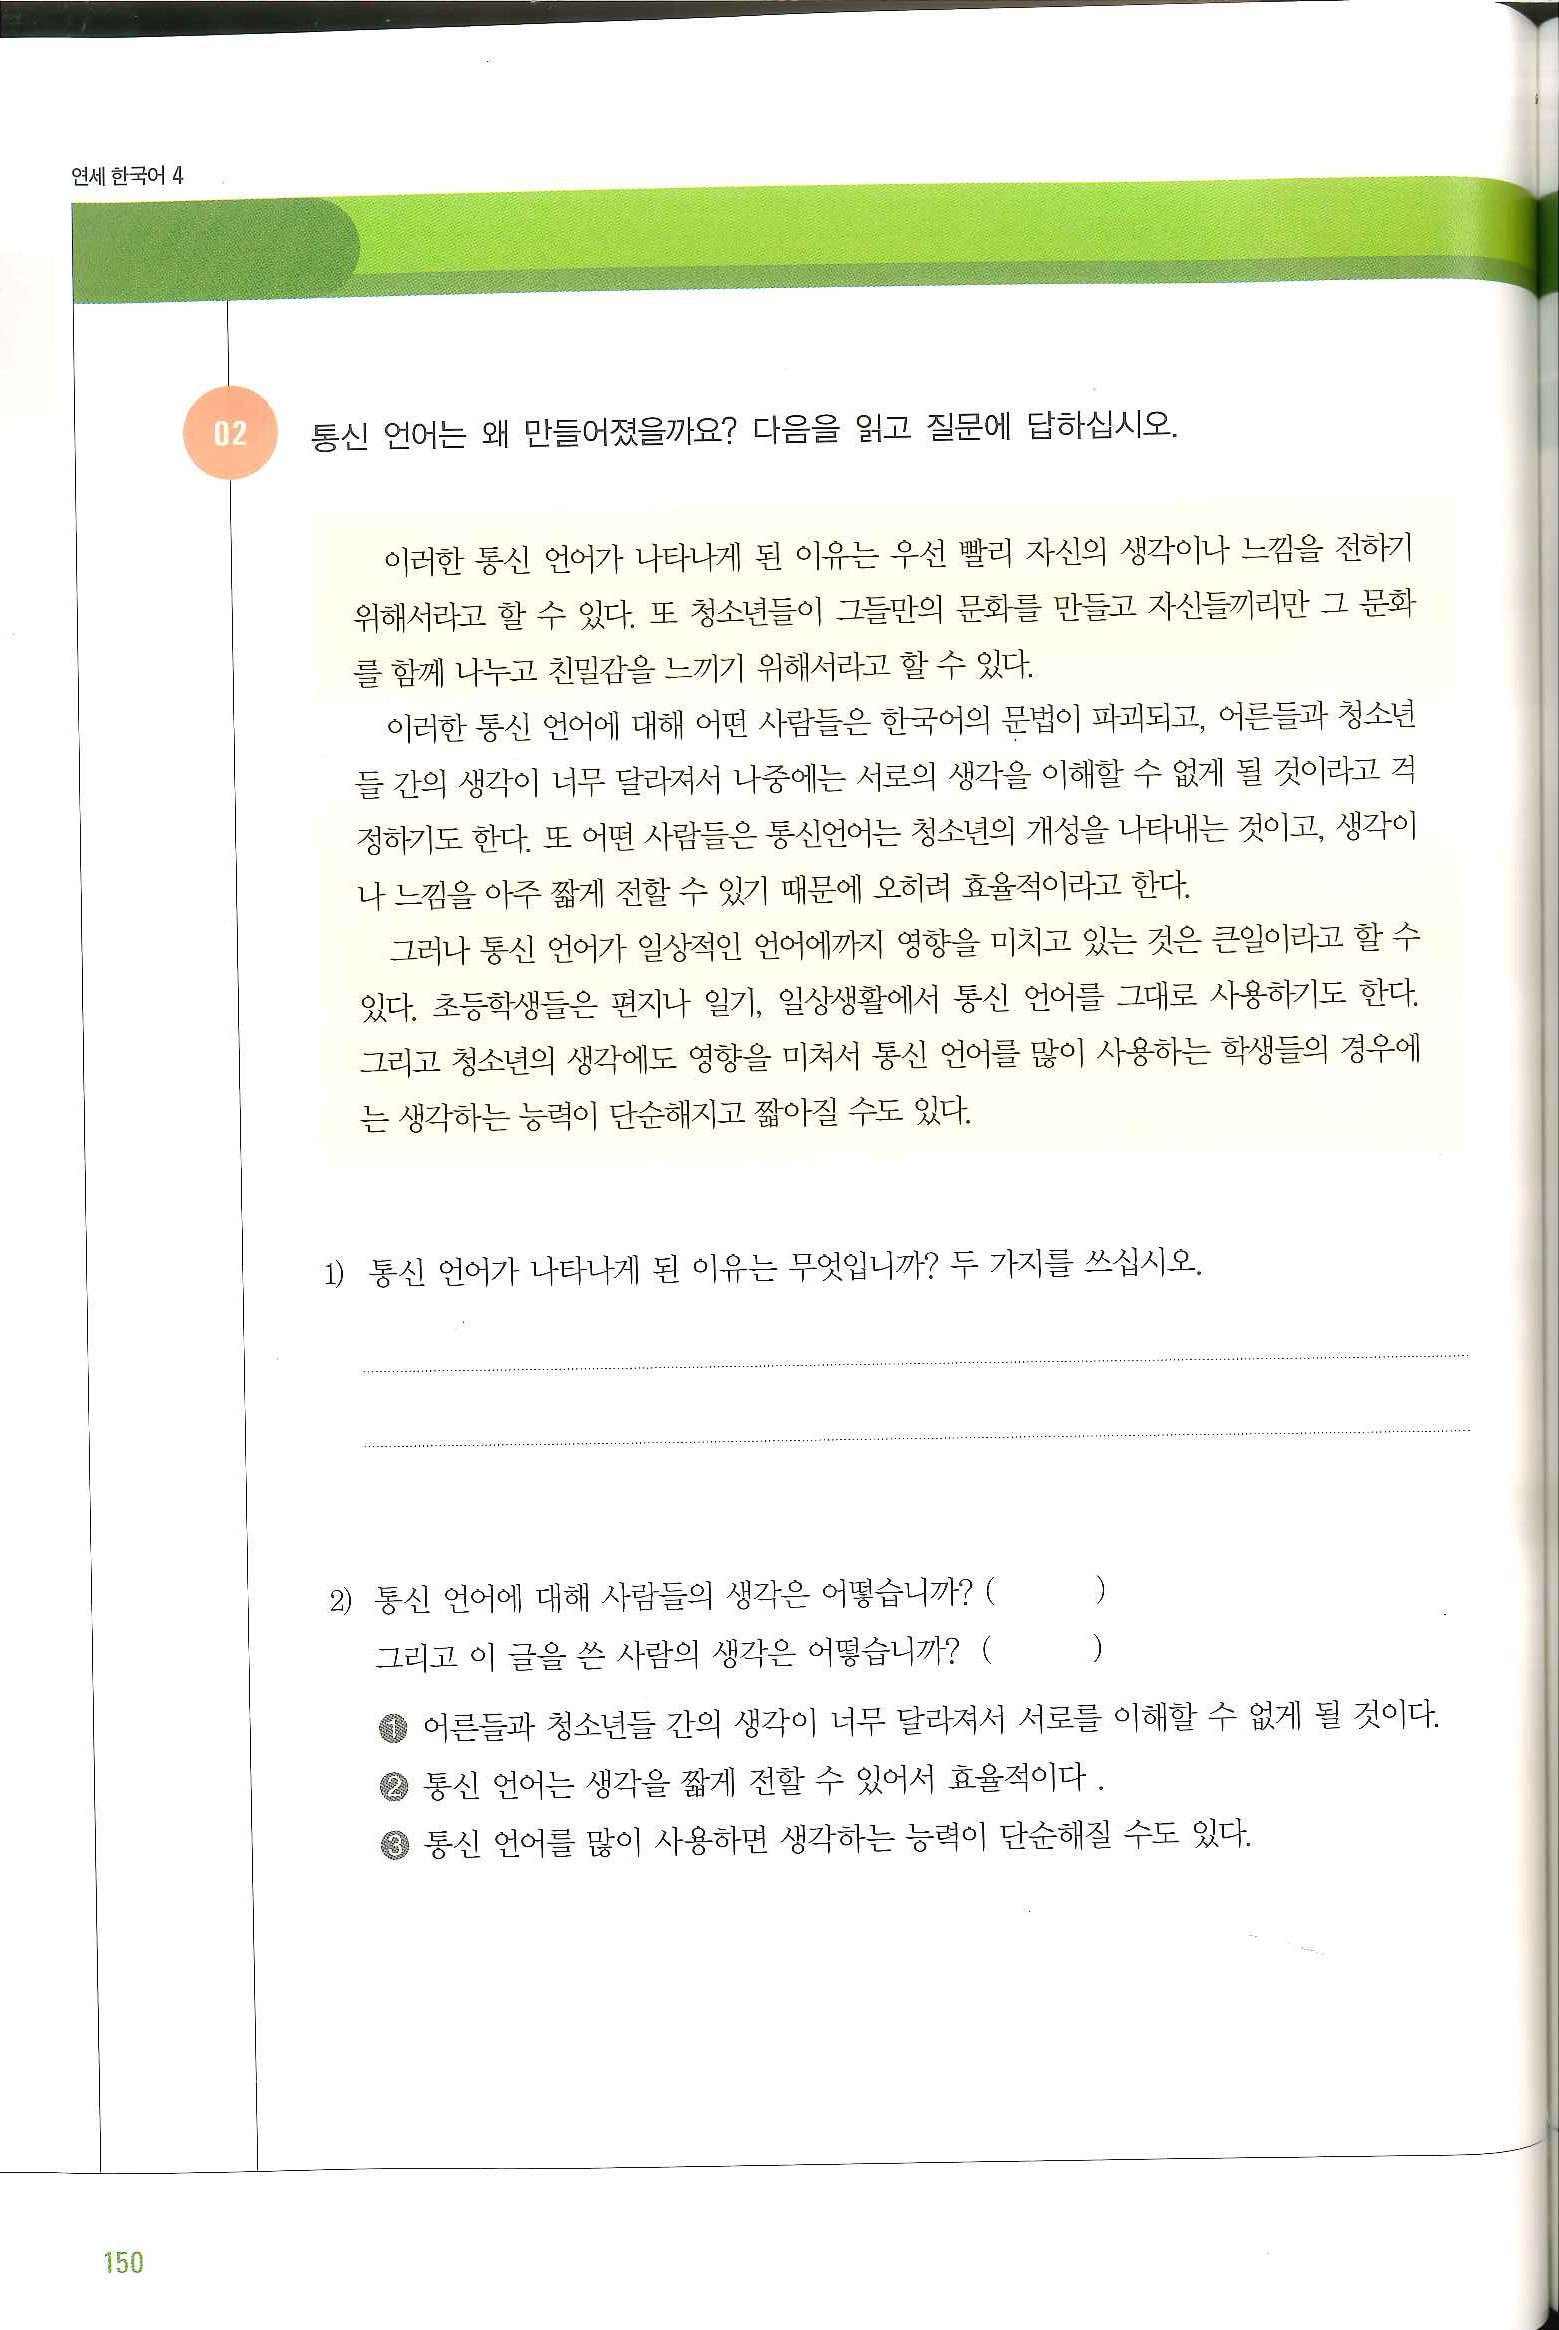
Language: ko